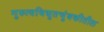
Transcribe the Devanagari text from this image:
गुरुत्वविद्युतचुंबकीतील